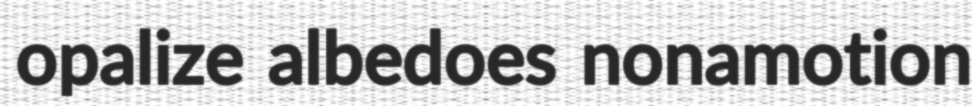
opalize albedoes nonamotion